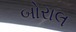
બોરાલ